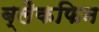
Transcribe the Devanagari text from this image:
ब्लैकफिन